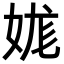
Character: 娏